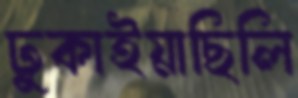
ঢুকাইয়াছিলি